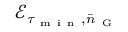
\mathcal { E } _ { \tau _ { \mathrm { ~ m ~ i ~ n ~ } } , \bar { n } _ { \mathrm { ~ G ~ } } }